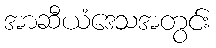
အာဆီယံဒေသအတွင်း